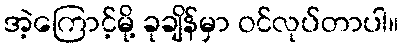
အဲ့ကြောင့်မို့ ခုချိန်မှာ ဝင်လုပ်တာပါ။